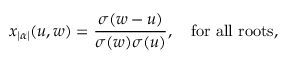
x _ { | \alpha | } ( u , w ) = { \frac { \sigma ( w - u ) } { \sigma ( w ) \sigma ( u ) } } , \quad \mathrm { f o r ~ a l l ~ r o o t s } ,